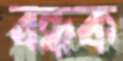
বন্ধক